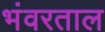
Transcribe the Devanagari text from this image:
भंवरताल